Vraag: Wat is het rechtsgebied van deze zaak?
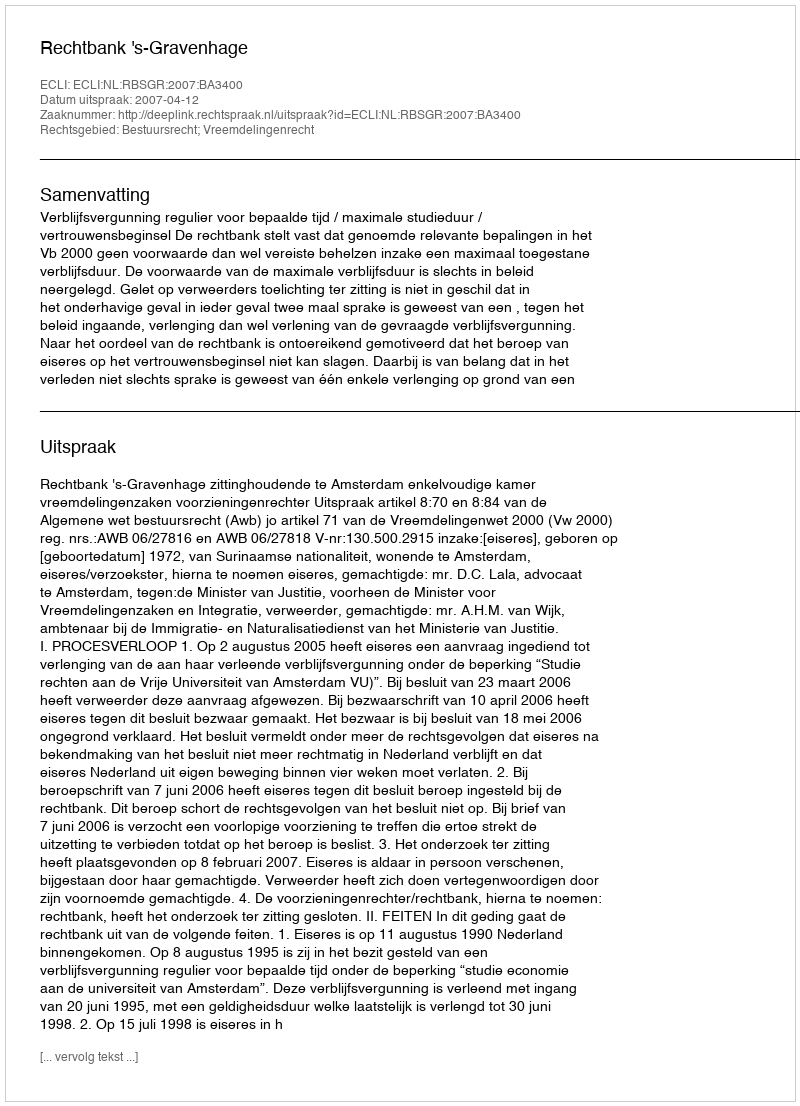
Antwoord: Bestuursrecht; Vreemdelingenrecht